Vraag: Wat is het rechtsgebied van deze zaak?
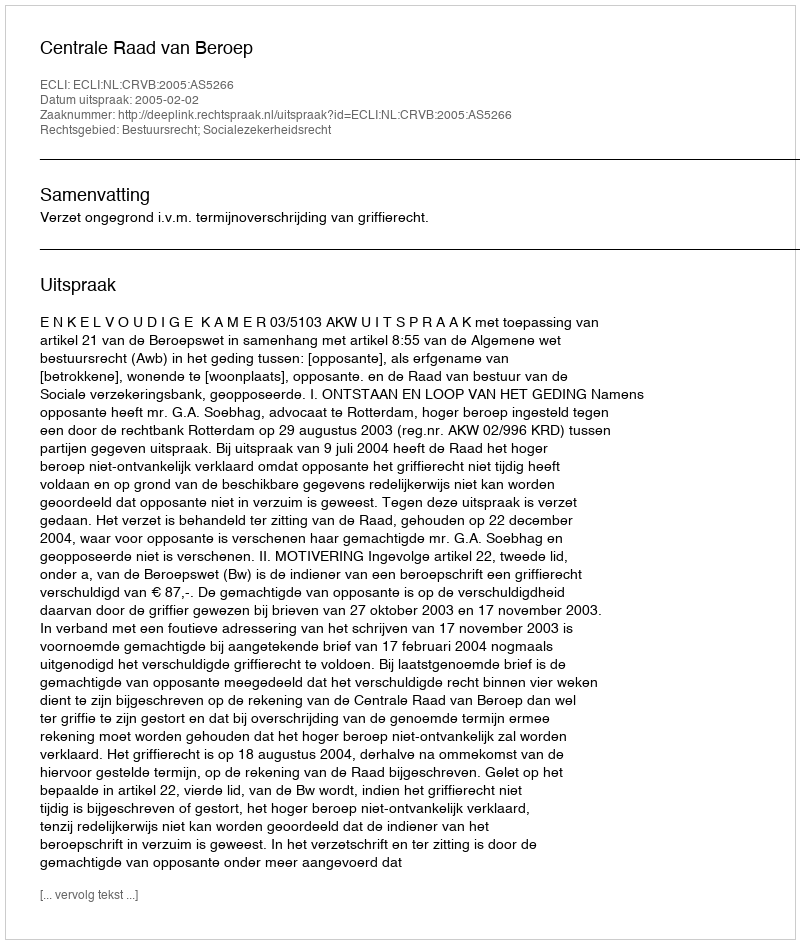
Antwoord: Bestuursrecht; Socialezekerheidsrecht